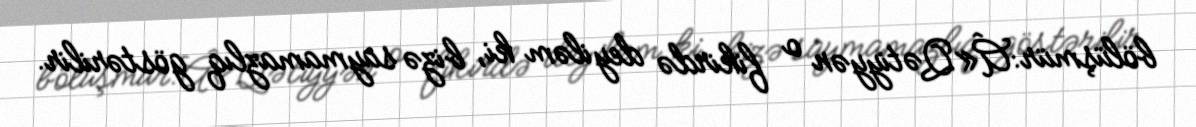
bölüşmür:Â«Qətiyyən o fikirdə deyiləm ki, bizə saymamazlıq göstərilir.